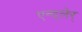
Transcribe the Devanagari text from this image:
एन्द्लेर्